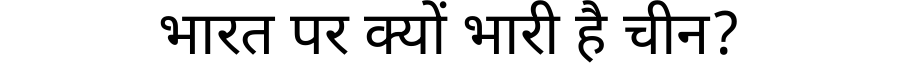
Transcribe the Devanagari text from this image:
भारत पर क्यों भारी है चीन?